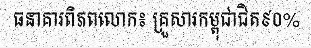
ធនាគារពិភពលោក៖ គ្រួសារកម្ពុជាជិត៩០%